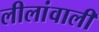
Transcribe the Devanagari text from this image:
लीलांवाली